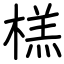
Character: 榚